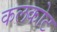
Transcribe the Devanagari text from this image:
कलकोट